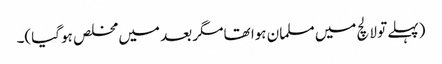
(پہلے تو لالچ میں مسلمان ہوا تھا مگر بعد میں مخلص ہو گیا)۔